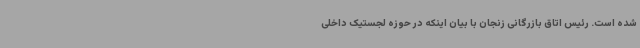
شده است. رئیس اتاق بازرگانی زنجان با بیان اینکه در حوزه لجستیک داخلی